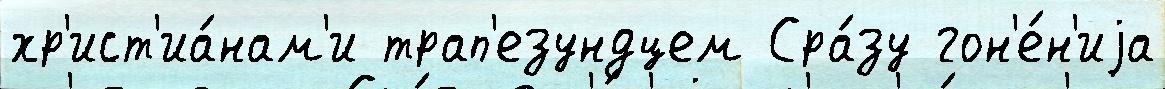
хр'ист'иа́нам'и трап'езундцем Сра́зу гон'е́н'иjа